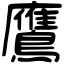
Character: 鷹